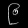
Digit: ၉